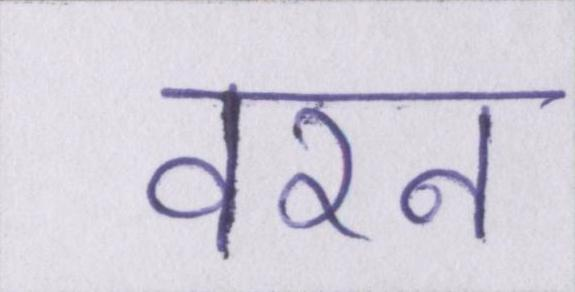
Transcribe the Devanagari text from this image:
वरन